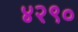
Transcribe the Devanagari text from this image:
४२९०